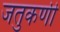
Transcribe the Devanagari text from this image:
जतुकर्णी